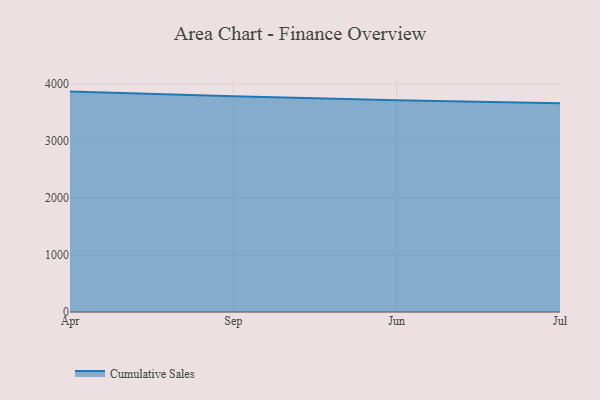
{"axis": {"x": "Month", "y": "Headcount"}, "legend": ["Cumulative Sales"], "data": [{"x": "Apr", "y": 3868.1, "type": "Cumulative Sales"}, {"x": "Sep", "y": 3784.9, "type": "Cumulative Sales"}, {"x": "Jun", "y": 3716.5, "type": "Cumulative Sales"}, {"x": "Jul", "y": 3664.1, "type": "Cumulative Sales"}]}